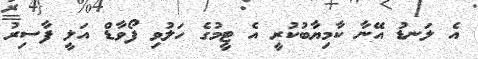
އެ ލަނޑު އޭނާ ކާމިޔާބުކުރީ އެ ޓީމުގެ ހަލުވި ފޯވާޑް އަލީ ފާސިރު